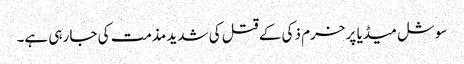
سوشل میڈیا پر خرم ذکی کے قتل کی شدید مذمت کی جا رہی ہے۔